Vaccination in the Punjab 1867-1880 - 1867-1880
Year: 1867
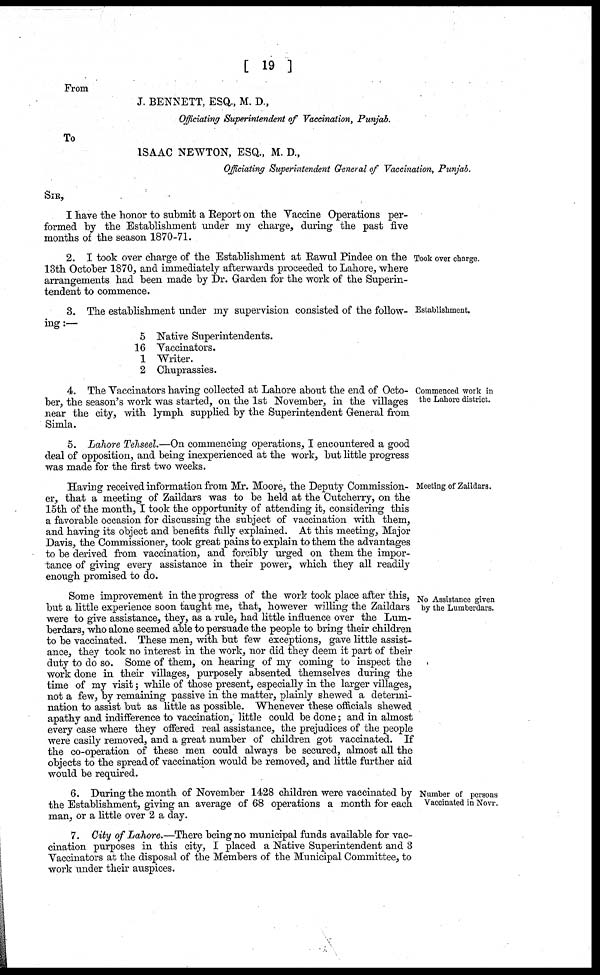
[ 19 ]
From
J. BENNETT, ESQ., M. D.,
Officiating Superintendent of Vaccination, Punjab.
To
ISAAC NEWTON, ESQ., M. D.,
Officiating Superintendent General of Vaccination, Punjab.
SIR,
I have the honor to submit a Report on the Vaccine Operations per-
formed by the Establishment under my charge, during the past five
months of the season 1870-71.
Took over charge.
2. I took over charge of the Establishment at Rawul Pindee on the
13th October 1870, and immediately afterwards proceeded to Lahore, where
arrangements had been made by Dr. Garden for the work of the Superin-
tendent to commence.
Establishment.
3. The establishment under my supervision consisted of the follow-
ing :—
5
16
1
2
Native Superintendents.
Vaccinators.
Writer.
Chuprassies.
Commenced work in
the Lahore district.
4. The Vaccinators having collected at Lahore about the end of Octo-
ber, the season's work was started, on the 1st November, in the villages
near the city, with lymph supplied by the Superintendent General from
Simla.
5. Lahore Tehseel.—On commencing operations, I encountered a good
deal of opposition, and being inexperienced at the work, but little progress
was made for the first two weeks.
Meeting of Zaildars.
Having received information from Mr. Moore, the Deputy Commission-
er, that a meeting of Zaildars was to be held at the Cutcherry, on the
15th of the month, I took the opportunity of attending it, considering this
a favorable occasion for discussing the subject of vaccination with them,
and having its object and benefits fully explained. At this meeting, Major
Davis, the Commissioner, took great pains to explain to them the advantages
to be derived from vaccination, and forcibly urged on them the impor-
tance of giving every assistance in their power, which they all readily
enough promised to do.
No Assistance given
by the Lumberdars.
Some improvement in the progress of the work took place after this,
but a little experience soon taught me, that, however willing the Zaildars
were to give assistance, they, as a rule, had little influence over the Lum-
berdars, who alone seemed able to persuade the people to bring their children
to be vaccinated. These men, with but few exceptions, gave little assist-
ance, they took no interest in the work, nor did they deem it part of their
duty to do so. Some of them, on hearing of my coming to inspect the
work done in their villages, purposely absented themselves during the
time of my visit; while of those present, especially in the larger villages,
not a few, by remaining passive in the matter, plainly shewed a determi-
nation to assist but as little as possible. Whenever these officials shewed
apathy and indifference to vaccination, little could be done; and in almost
every case where they offered real assistance, the prejudices of the people
were easily removed, and a great number of children got vaccinated. If
the co-operation of these men could always be secured, almost all the
objects to the spread of vaccination would be removed, and little further aid
would be required.
Number of persons
Vaccinated in Novr.
6. During the month of November 1428 children were vaccinated by
the Establishment, giving an average of 68 operations a month for each
man, or a little over 2 a day.
7. City of Lahore.—There being no municipal funds available for vac-
cination purposes in this city, I placed a Native Superintendent and 3
Vaccinators at the disposal of the Members of the Municipal Committee, to
work under their auspices.